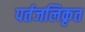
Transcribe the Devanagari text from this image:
पर्तजलिकृत